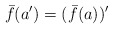
\begin{align*}\bar{f}(a')=(\bar{f}(a))'\end{align*}